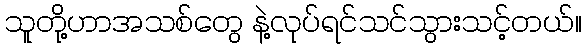
သူတို့ဟာအသစ်တွေ နဲ့လုပ်ရင်သင်သွားသင့်တယ်။